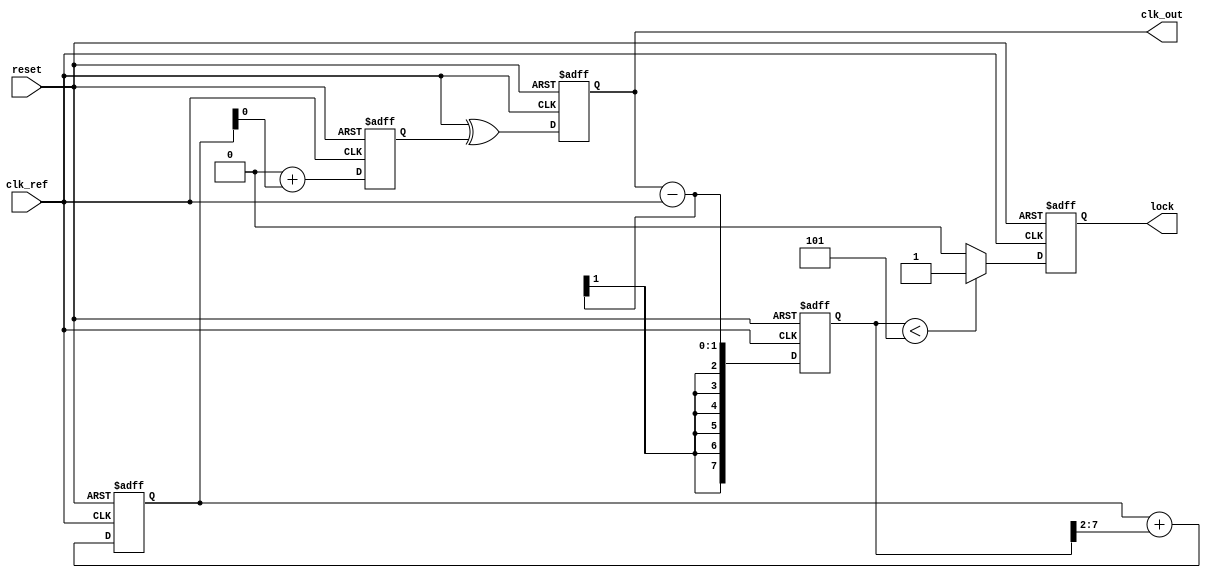
module memory_blocks_analog_pll (
    input wire clk_ref,          // Reference clock input
    input wire reset,            // Asynchronous reset
    output wire clk_out,         // Output clock from VCO
    output wire lock              // Lock status indicator
);

// Parameters
parameter VCO_FREQ_MAX = 100;  // Max VCO frequency in MHz
parameter VCO_FREQ_MIN = 10;    // Min VCO frequency in MHz

// Internal signals
reg [7:0] phase_error;          // Phase error signal from PD
reg [7:0] control_voltage;       // Control voltage for VCO
reg [7:0] vco_frequency;         // Current frequency of VCO
reg feedback_signal;             // Feedback signal to PD
reg phase_locked;                // Internal lock status

// Phase Detector (PD)
always @(posedge clk_ref or posedge reset) begin
    if (reset) begin
        phase_error <= 0;
    end else begin
        // For this example, let's assume a simple PD that generates an error signal
        // (Phase comparison logic)
        phase_error <= feedback_signal - clk_ref; // Simple phase error estimation
    end
end

// Loop Filter (LF)
always @(posedge clk_ref or posedge reset) begin
    if (reset) begin
        control_voltage <= 0;
    end else begin
        // Implement simple low-pass filter characteristic
        control_voltage <= control_voltage + (phase_error >> 2); // Simple integration
    end
end

// Voltage Controlled Oscillator (VCO)
always @(posedge clk_ref or posedge reset) begin
    if (reset) begin
        vco_frequency <= VCO_FREQ_MIN;  // Start at minimum frequency
        feedback_signal <= 0;
    end else begin
        // Linearly adjust VCO frequency based on control voltage
        vco_frequency <= VCO_FREQ_MIN + control_voltage; // Simplified VCO response
        // Generate feedback signal based on VCO frequency (simplified logic)
        feedback_signal <= clk_ref ^ (vco_frequency[0]); // Example toggle feedback
    end
end

// Lock detection (simplified)
always @(posedge clk_ref or posedge reset) begin
    if (reset) begin
        phase_locked <= 0;
    end else begin
        // Check if the phase error is below a threshold for lock
        if (phase_error < 5) begin
            phase_locked <= 1;
        end else begin
            phase_locked <= 0;
        end
    end
end

// Output assignments
assign clk_out = feedback_signal;  // Output clock from VCO
assign lock = phase_locked;         // Lock status signal

endmodule